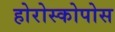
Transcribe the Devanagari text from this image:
होरोस्कोपोस